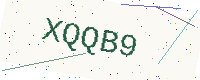
Text: XQQB9